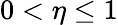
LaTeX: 0<\eta\leq 1